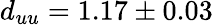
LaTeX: d_{uu}=1.17\pm 0.03